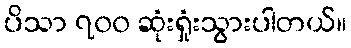
ပိသာ ၇၀၀ ဆုံးရှုံးသွားပါတယ်။